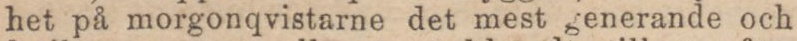
het på morgonqvistarne det mest generande och